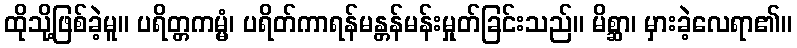
ထိုသို့ဖြစ်ခဲ့မူ။ ပရိတ္တကမ္မံ၊ ပရိတ်ကာရန်မန္တန်မန်းမှုတ်ခြင်းသည်။ မိစ္ဆာ၊ မှားခဲ့လေရာ၏။